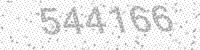
Solution: 544166